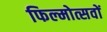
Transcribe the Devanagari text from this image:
फिल्मोत्सवों